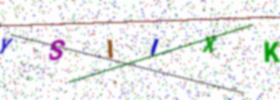
Text: YSIIXK